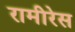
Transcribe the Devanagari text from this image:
रामीरेस